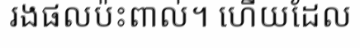
រងផលប៉ះពាល់។ ហើយដែល